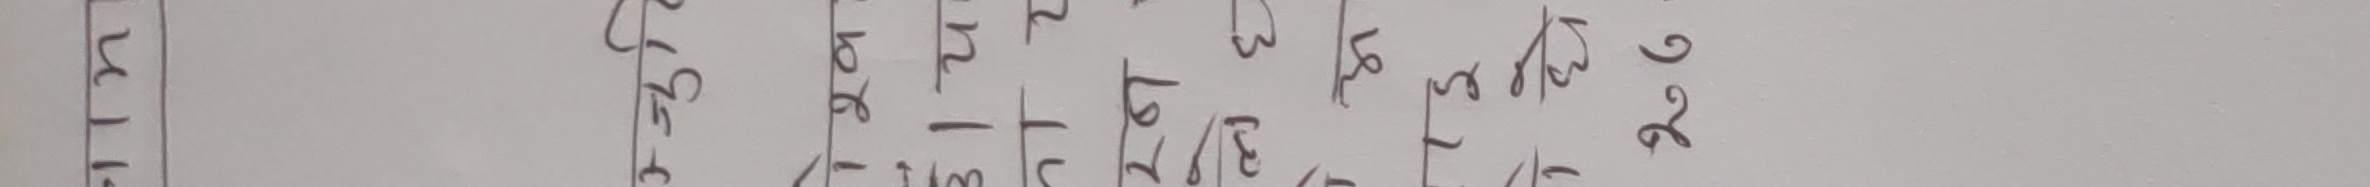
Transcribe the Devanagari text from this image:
तरकारी